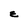
Character: E